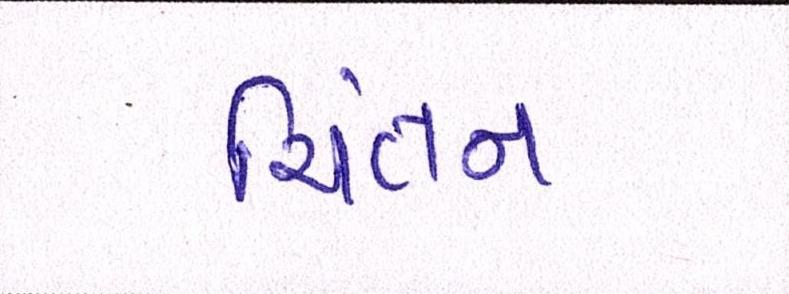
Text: ચિંતન